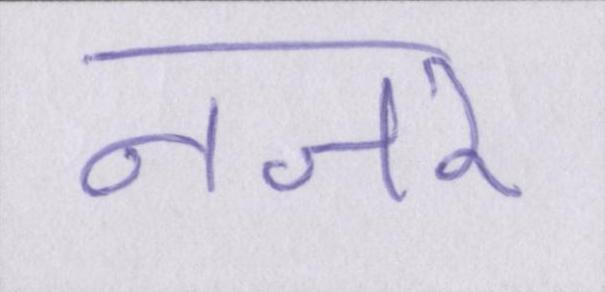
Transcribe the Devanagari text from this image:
नजर